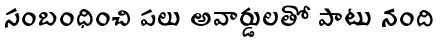
సంబంధించి పలు అవార్డులతో పాటు నంది